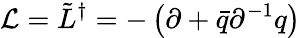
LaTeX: {\cal L}=\tilde{L}^{\dagger}=-\left(\partial+\bar{q}\partial^{-1}q\right)